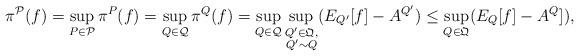
LaTeX: \begin{align*}\pi^\mathcal{P}(f)=\sup_{P\in\mathcal{P}}\pi^P(f)=\sup_{Q\in\mathcal{Q}}\pi^Q(f)=\sup_{Q\in\mathcal{Q}}\sup_{\substack{Q'\in\mathfrak{Q},\\Q'\sim Q}}(E_{Q'}[f]-A^{Q'})\leq\sup_{Q\in\mathfrak{Q}}(E_Q[f]-A^Q]),\end{align*}